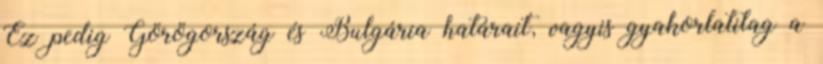
Ez pedig Görögország és Bulgária határait, vagyis gyakorlatilag a